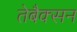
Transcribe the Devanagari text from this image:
तेबैक्सन